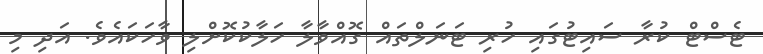
ޓެސްޓް ކުރާ ސައިޓުގައި ހުރި ޓަނަލްތައް ގޮއްވާލާ ހަލާކުކޮށްލި ވާހަކައެވެ. އަދި މި